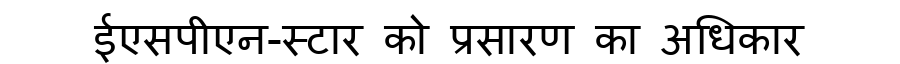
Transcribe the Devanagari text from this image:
ईएसपीएन-स्टार को प्रसारण का अधिकार